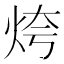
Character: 𱪾